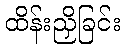
ထိန်းညှိခြင်း